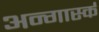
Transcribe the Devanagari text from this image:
अन्गार्स्क